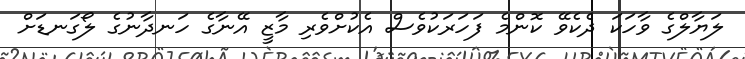
ލަޔާލްގެ ވާހަކަ ދެކެވޭ ކޮންމެ ފަހަރަކުވެސް އެކުށްވެރި މާޒީ އޭނާގެ ހަނދާނުގެ ލޯގަނޑަށް